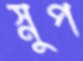
স্নুপ